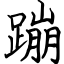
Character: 蹦